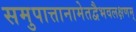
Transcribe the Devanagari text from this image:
समुपात्तानामेतद्वैभवलक्षणम्